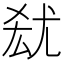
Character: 𡯮